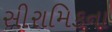
સીરામિકના